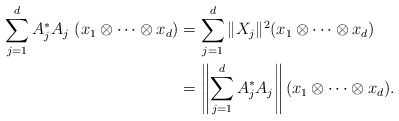
\begin{align*}\sum\limits_{j=1}^d A_{j}^*A_{j}\ (x_1\otimes\cdots\otimes x_d)&=\sum\limits_{j=1}^d \|X_{j}\|^2 (x_1\otimes\cdots\otimes x_d)\\&=\left\|\sum\limits_{j=1}^d A_{j}^*A_{j}\right\| (x_1\otimes\cdots\otimes x_d).\end{align*}